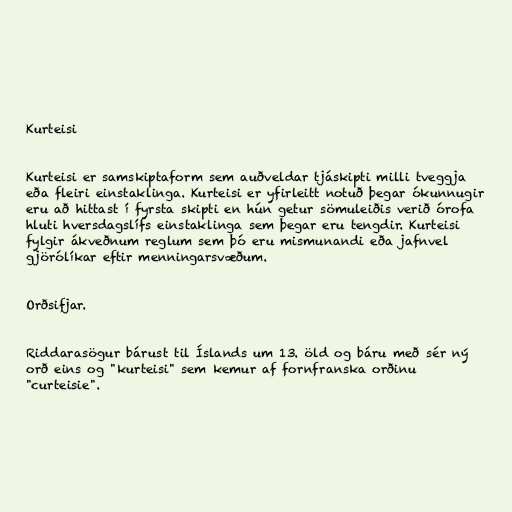
Kurteisi

Kurteisi er samskiptaform sem auðveldar tjáskipti milli tveggja
eða fleiri einstaklinga. Kurteisi er yfirleitt notuð þegar ókunnugir
eru að hittast í fyrsta skipti en hún getur sömuleiðis verið órofa
hluti hversdagslífs einstaklinga sem þegar eru tengdir. Kurteisi
fylgir ákveðnum reglum sem þó eru mismunandi eða jafnvel
gjörólíkar eftir menningarsvæðum.

Orðsifjar.

Riddarasögur bárust til Íslands um 13. öld og báru með sér ný
orð eins og "kurteisi" sem kemur af fornfranska orðinu
"curteisie".